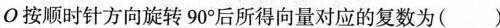
О按顺时针方向旋转90^{\circ}后所得向量对应的复数为()